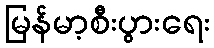
မြန်မာ့စီးပွားရေး